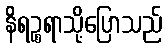
နိရဉ္စရာသို့ပြောသည်